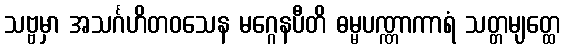
သဗ္ဗမှာ အသင်္ဂဟိတဝသေန မဂ္ဂေနပီတိ ဓမ္မပဏ္ဏာကာရံ သတ္တမျတ္ထေ